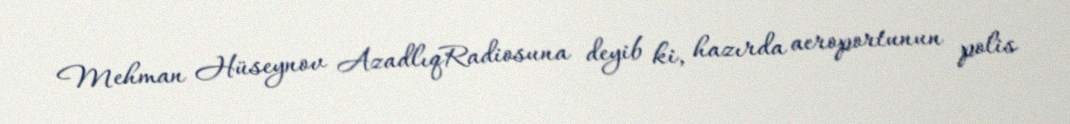
Mehman Hüseynov AzadlıqRadiosuna deyib ki, hazırda aeroportunun polis